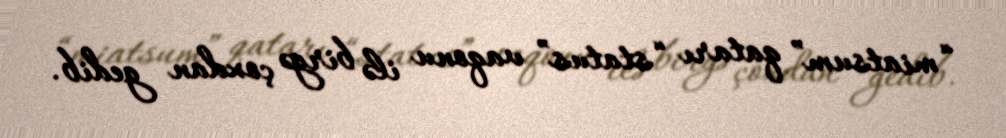
“miatsum” qatarı “status” vaqonu ilə birgə çoxdan gedib.